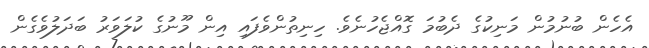
އެހެން ބުނުމުން މަނިކުގެ ދެބުމަ ގޮއްޖެހުނެވެ. ހިނިތުންވެފައި އިން މޫނުގެ ކުލަވަރު ބަދަލުވެގެން